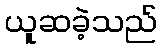
ယူဆခဲ့သည်